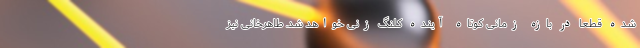
شده قطعا در بازه زمانی کوتاه آینده کلنگ زنی خواهد شد. طاهرخانی نیز